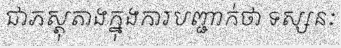
ជាភស្តុតាងក្នុងការបញ្ជាក់ថា ទស្សនៈ